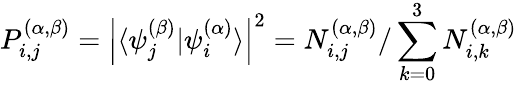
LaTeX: {P_{i,j}^{(\alpha,\beta)}=\left|\langle\psi_{j}^{(\beta)}|\psi_{i}^{(\alpha)}\rangle\right|^{2}=N_{i,j}^{(\alpha,\beta)}/\sum_{k=0}^{3}N_{i,k}^{(\alpha,\beta)}}